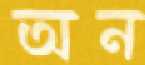
অন